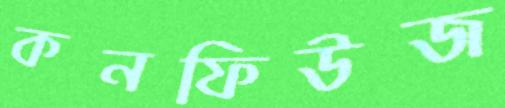
কনফিউজ